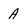
Character: A